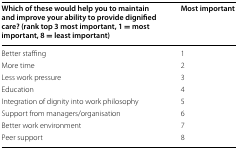
<table><thead><tr><td><b>Which of these would help you to maintain and improve your ability to provide dignified care? (rank top 3 most important, 1 = most important, 8 = least important)</b></td><td><b>Most important</b></td></tr></thead><tbody><tr><td>Better staffing</td><td>1</td></tr><tr><td>More time</td><td>2</td></tr><tr><td>Less work pressure</td><td>3</td></tr><tr><td>Education</td><td>4</td></tr><tr><td>Integration of dignity into work philosophy</td><td>5</td></tr><tr><td>Support from managers/organisation</td><td>6</td></tr><tr><td>Better work environment</td><td>7</td></tr><tr><td>Peer support</td><td>8</td></tr></tbody></table>